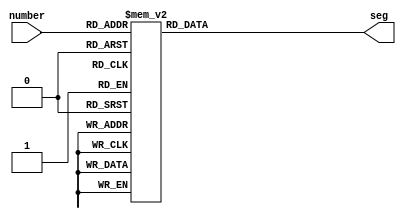
`timescale 1ns / 1ps

module convert_seg(
	input [3:0] number,
	output [7:0] seg);

	reg [7:0] segNum;

	always @ (*)
		case(number) //0 means on 1 means off
			0: segNum = 8'b11000000;
			1: segNum = 8'b11111001;
			2: segNum = 8'b10100100;
			3: segNum = 8'b10110000;
			4: segNum = 8'b10011001;
			5: segNum = 8'b10010010;
			6: segNum = 8'b10000010;
			7: segNum = 8'b11111000;
			8: segNum = 8'b10000000;
			9: segNum = 8'b10010000;
			default: segNum = 8'b11111111;
		endcase
	
	assign seg = segNum;

endmodule